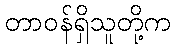
တာဝန်ရှိသူတို့က